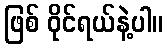
ဖြစ် ဝိုင်ရယ်နဲ့ပါ။